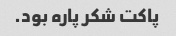
پاکت شکر پاره بود.